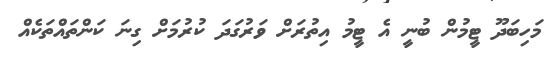
މަހިބަދޫ ޓީމުން ބުނީ އެ ޓީމު އިތުރަށް ވަރުގަދަ ކުރުމަށް ގިނަ ކަންތައްތަކެއް